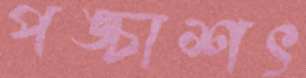
পঙ্চাশৎ